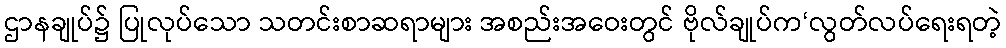
ဌာနချုပ်၌ ပြုလုပ်သော သတင်းစာဆရာများ အစည်းအဝေးတွင် ဗိုလ်ချုပ်က‘လွတ်လပ်ရေးရတဲ့